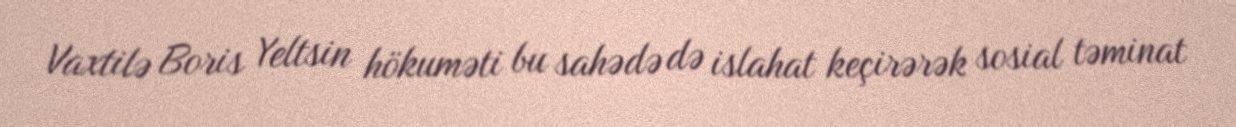
Vaxtilə Boris Yeltsin hökuməti bu sahədə də islahat keçirərək sosial təminat